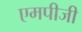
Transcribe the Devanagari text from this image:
एमपीजी